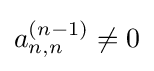
a_{n,n}^{(n-1)}\neq 0